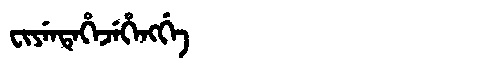
Manchu: ᠸᡳᠶᡝᠨᡨᡝᡥᡝᠵᡝᡥᡝᠩᡤᡝ
Romanization: FIYENTEHEJEHENGGE